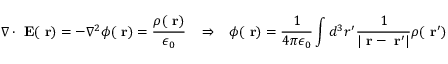
\nabla \cdot \mathrm { \bf ~ E } ( \mathrm { \bf ~ r } ) = - \nabla ^ { 2 } \phi ( \mathrm { \bf ~ r } ) = \frac { \rho ( \mathrm { \bf ~ r } ) } { \epsilon _ { 0 } } \; \; \; \Rightarrow \; \; \; \phi ( \mathrm { \bf ~ r } ) = \frac { 1 } { 4 \pi \epsilon _ { 0 } } \int d ^ { 3 } r ^ { \prime } \frac { 1 } { | \mathrm { \bf ~ r } - \mathrm { \bf ~ r } ^ { \prime } | } \rho ( \mathrm { \bf ~ r } ^ { \prime } )